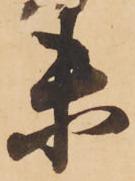
未